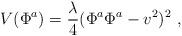
LaTeX: \begin{align*}V(\Phi^{a})=\frac{\lambda}{4}(\Phi^{a}\Phi^{a}-v^2)^2\ ,\end{align*}